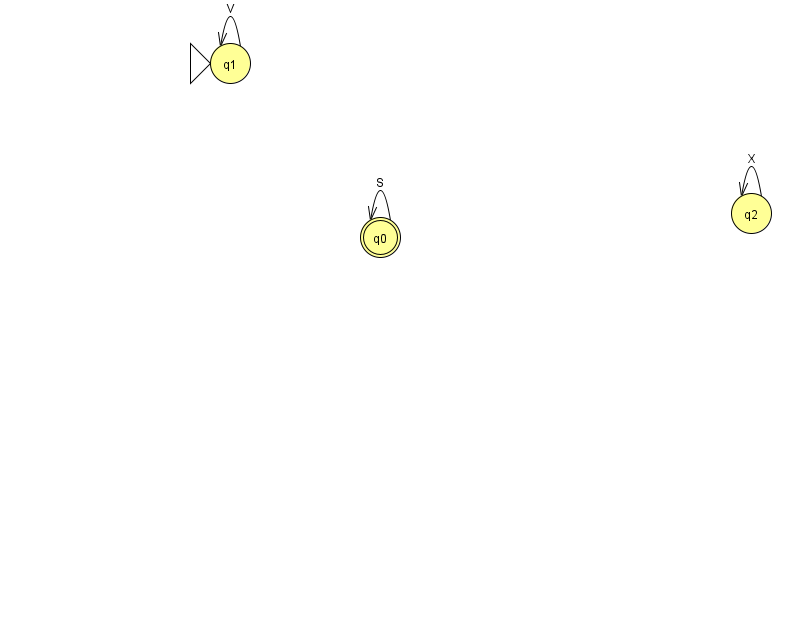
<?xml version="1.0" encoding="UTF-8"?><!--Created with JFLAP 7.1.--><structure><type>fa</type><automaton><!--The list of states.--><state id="0" name="q0"><x>380.0</x><y>224.0</y><final/></state><state id="1" name="q1"><x>230.0</x><y>50.0</y><initial/></state><state id="2" name="q2"><x>751.0</x><y>200.0</y></state><!--The list of transitions.--><transition><from>0</from><to>0</to><read>S</read></transition><transition><from>1</from><to>1</to><read>V</read></transition><transition><from>2</from><to>2</to><read>X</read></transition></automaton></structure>